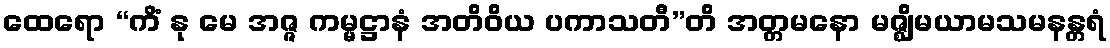
ထေရော “ကိံ နု မေ အဇ္ဇ ကမ္မဋ္ဌာနံ အတိဝိယ ပကာသတီ”တိ အတ္တမနော မဇ္ဈိမယာမသမနန္တရံ